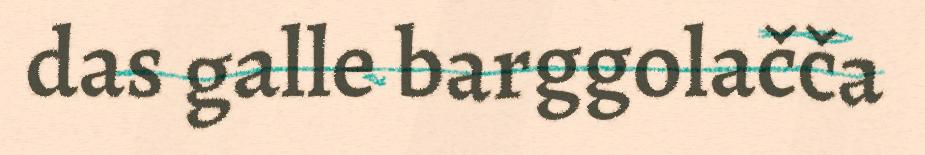
das galle barggolačča